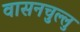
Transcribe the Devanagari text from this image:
वासनचुल्लु